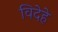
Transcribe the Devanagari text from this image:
विदेहे